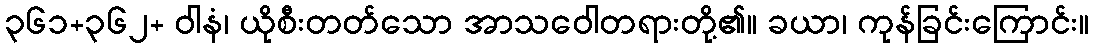
၃၆၁+၃၆၂+ ဝါနံ၊ ယိုစီးတတ်သော အာသဝေါတရားတို့၏။ ခယာ၊ ကုန်ခြင်းကြောင်း။